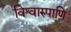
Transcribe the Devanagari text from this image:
विश्वारुपाणि